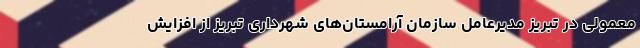
معمولی در تبریز مدیرعامل سازمان آرامستان‌های شهرداری تبریز از افزایش